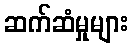
ဆက်ဆံမှုများ